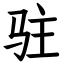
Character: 驻